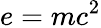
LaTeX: e=mc^{2}